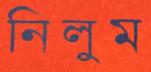
নিলুম